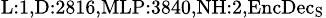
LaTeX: _{\textrm{L}:1,\textrm{D}:2816,\textrm{MLP}:3840,\textrm{NH}:2,\textrm{EncDec}_{\textrm{S}}}